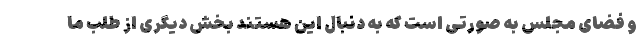
و فضای مجلس به صورتی است که به دنبال این هستند بخش دیگری از طلب ما